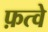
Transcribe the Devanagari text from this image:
फ़त्वे